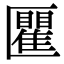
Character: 匷